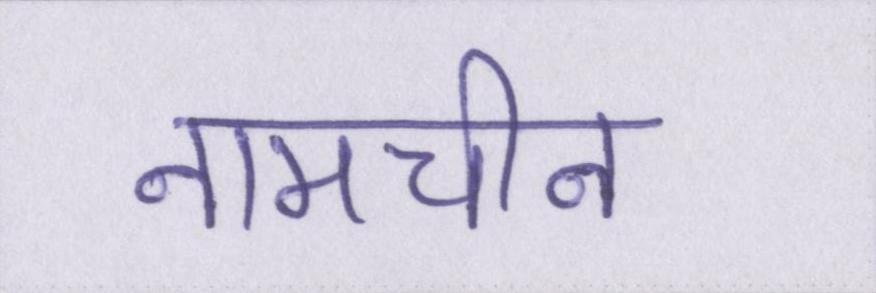
नामचीन